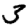
Digit: 3